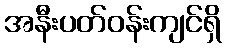
အနီးပတ်ဝန်းကျင်ရှိ